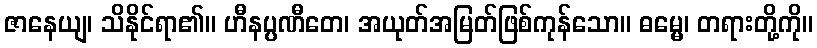
ဇာနေယျ၊ သိနိုင်ရာ၏။ ဟီနပ္ပဏီတေ၊ အယုတ်အမြတ်ဖြစ်ကုန်သော။ ဓမ္မေ၊ တရားတို့ကို။